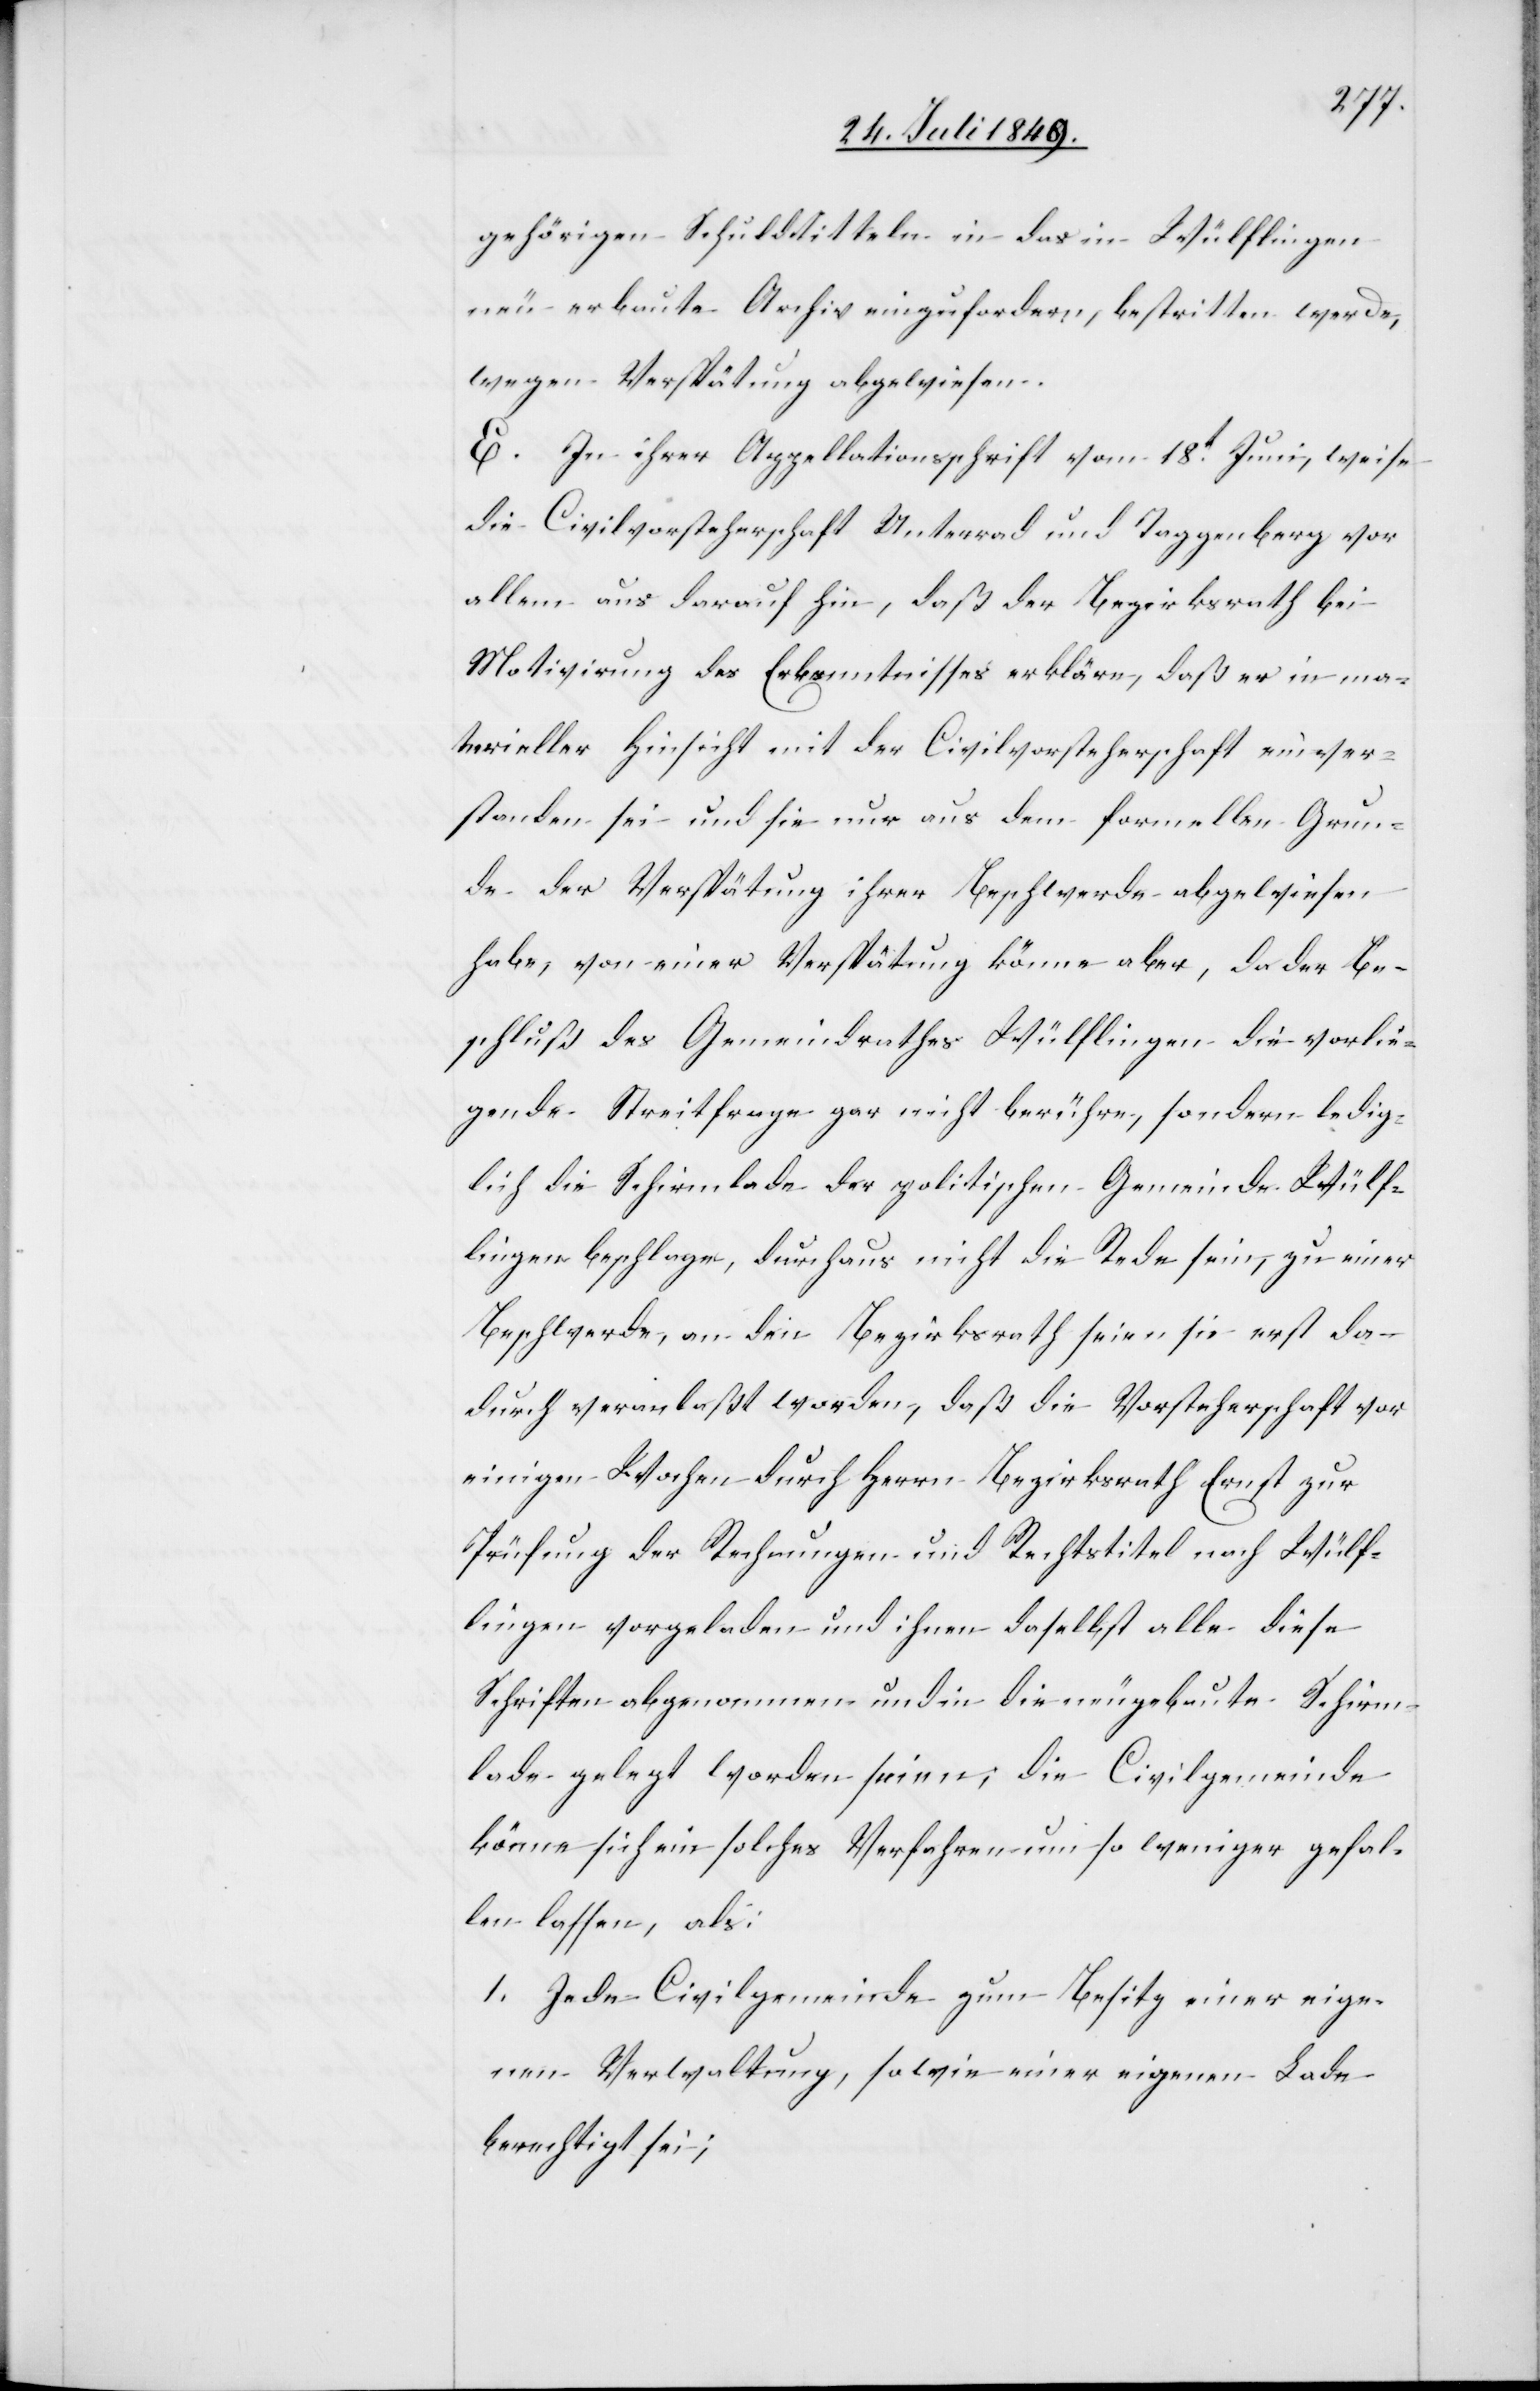
gehörigen Schuldtitteln in das in Wülflingen
neu erbaute Archiv einzufordern, bestritten werde,
wegen Verspätung abgewiesen.
E. In ihrer Appellationsschrift vom 18t Juni, weise
die Civilvorsteherschaft Unterrad [sic!] und Taggenberg vor
allem aus darauf hin, daß der Bezirksrath bei
Motivirung des Erkenntnisses erkläre, daß er in ma¬
terieller Hinsicht mit der Civilvorsteherschaft einver¬
standen sei und sie nur aus dem formellen Grun¬
de der Verspätung ihrer Beschwerde abgewiesen
habe, von einer Verspätung könne aber, da der Be¬
schluß des Gemeindrathes Wülflingen die vorlie¬
gende Streitfrage gar nicht berühre, sondern ledig¬
lich die Schirmlade der politischen Gemeinde Wülf¬
lingen beschlage, durchaus nicht die Rede sein, zu einer
Beschwerde, an den Bezirksrath seien sie erst da¬
durch veranlaßt worden, daß die Vorsteherschaft vor
einigen Wochen durch Herrn Bezirksrath Ernst zur
Prüfung der Rechnungen und Rechtstitel nach Wülf¬
lingen vorgeladen und ihnen daselbst alle diese
Schriften abgenommen und in die neugebaute Schirm¬
lade gelegt worden seien; die Civilgemeinde
könne sich ein solches Verfahren um so weniger gefal¬
len lassen, als:
1. Jede Civilgemeinde zum Besitz einer eige¬
nen Verwaltung, sowie einer eigenen Lade
berechtigt sei;